Annual report on the working of the lock hospitals in the North-Western Provinces and Oudh
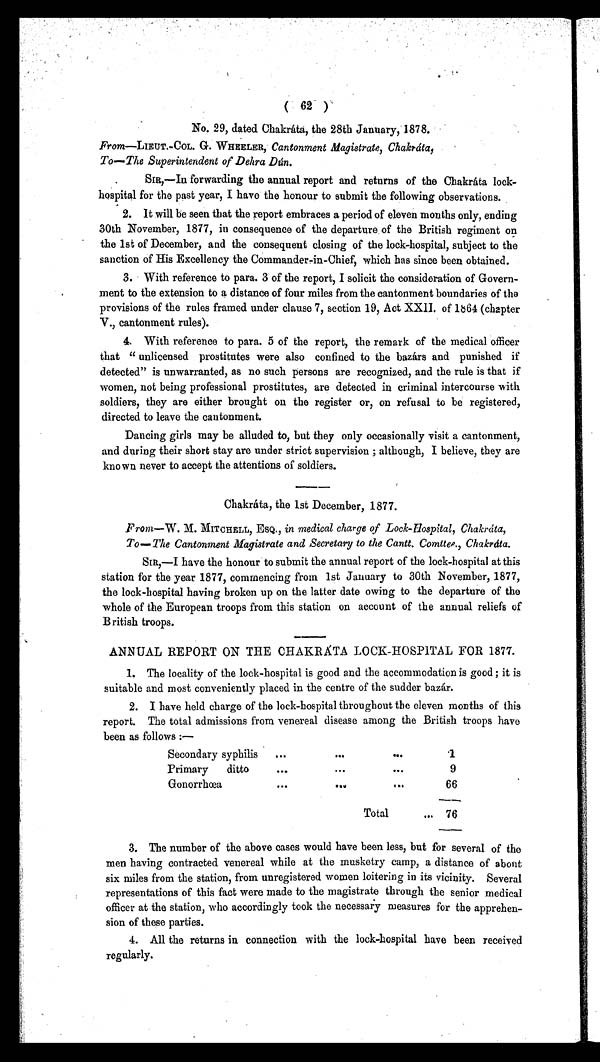
( 62 )
No. 29, dated chakráta, the 28th January, 1878.
From—LIEUT.-COL. G. WHEELER, Cantonment Magistrate,
Chakráta
,
To—The Superintendent of Dehra Dún.
SIR,—In forwarding the annual report and returns of the Chakráta lock-
hospital for the past year, I have the honour to submit the following observations.
2 . I t w i l l b e s e e n t h a t t h e r e p o r t e m b r a c e s a p e r i o d o f e l e v e n m o n t h s o n l y , e n d i n g
30th November, 1877, in consequence of the departure of the British regiment on
the 1st of December, and the consequent closing of the lock-hospital, subject to the
sanction of His Excellency the Commander-in-Chief, which has since been obtained.
3. With reference to para. 3 of the report, I solicit the consideration of Govern-
ment to the extension to a distance of four miles from the cantonment boundaries of the
provisions of the rules framed under clause 7, section 19, Act XXII. of 1864 (chapter
V., cantonment rules).
4 . W i t h r e f e r e n c e t o p a r a . 5 o f t h e r e p o r t , t h e r e m a r k o f t h e m e d i c a l o f f i c e r
that " unlicensed prostitutes were also confined to the bazárs and punished if
detected" is unwarranted, as no such persons are recognized, and the rule is that if
women, not being professional prostitutes, are detected in criminal intercourse with
soldiers, they are either brought on the register or, on refusal to be registered,
directed to leave the cantonment.
Dancing girls may be alluded to, but they only occasionally visit a cantonment,
and during their short stay are under strict supervision ; although, I believe, they are
known never to accept the attentions of soldiers.
Chakráta, the 1st December, 1877.
From—W. M. MITCHELL, ESQ., in medical charge of Lock-Hospital, Chakráta,
To—The Cantonment Magistrate and Secretary to the Cantt. Comttee., Chakráta.
SIR,—I have the honour to submit the annual report of the lock-hospital at this
station for the year 1877, commencing from 1st January to 30th November, 1877,
the lock-hospital having broken up on the latter date owing to the departure of the
whole of the European troops from this station on account of the annual reliefs of
British troops.
ANNUAL REPORT ON THE CHAKRÁTA LOCK-HOSPITAL FOR 1877.
1. The locality of the lock-hospital is good and the accommodation is good ; it is
suitable and most conveniently placed in the centre of the sudder bazár.
2 . I h a v e h e l d c h a r g e o f t h e l o c k - h o s p i t a l t h r o u g h o u t t h e e l e v e n m o n t h s o f t h i s
report. The total admissions from venereal disease among the British troops have
been as follows :—
Secondary syphilis
....
...1
Primary ditto ... ... 9
Gonorrhoea...
..
66
Total .76
1. The number of the above cases would have been less, but for several of the
men having contracted venereal while at the musketry camp, a distance of about
six miles from the station, from unregistered women loitering in its vicinity. Several
representations of this fact were made to the magistrate through the senior medical
officer at the station, who accordingly took the necessary measures for the apprehen-
sion of these parties.
2.
All the returns in connection with the lock-hospital have been received
regularly.